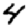
Digit: 4